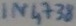
Text: IN4738